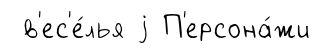
в'ес'е́лья j П'ерсона́жи